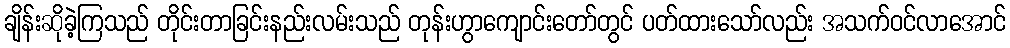
ချိန်းဆိုခဲ့ကြသည် တိုင်းတာခြင်းနည်းလမ်းသည် တုန်းဟွာကျောင်းတော်တွင် ပတ်ထားသော်လည်း အသက်ဝင်လာအောင်